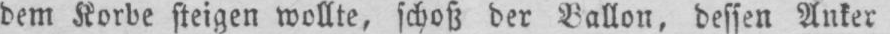
dem Korbe steigen wollte, schoß der Ballon, dessen Anker